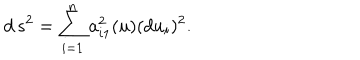
d \, s ^ { 2 } = \sum _ { i = 1 } ^ { n } a _ { i 1 } ^ { 2 } ( u ) ( d u _ { i } ) ^ { 2 } .